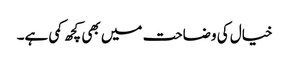
خیال کی وضاحت میں بھی کچھ کمی ہے۔